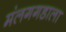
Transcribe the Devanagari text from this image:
मंलगगडाला